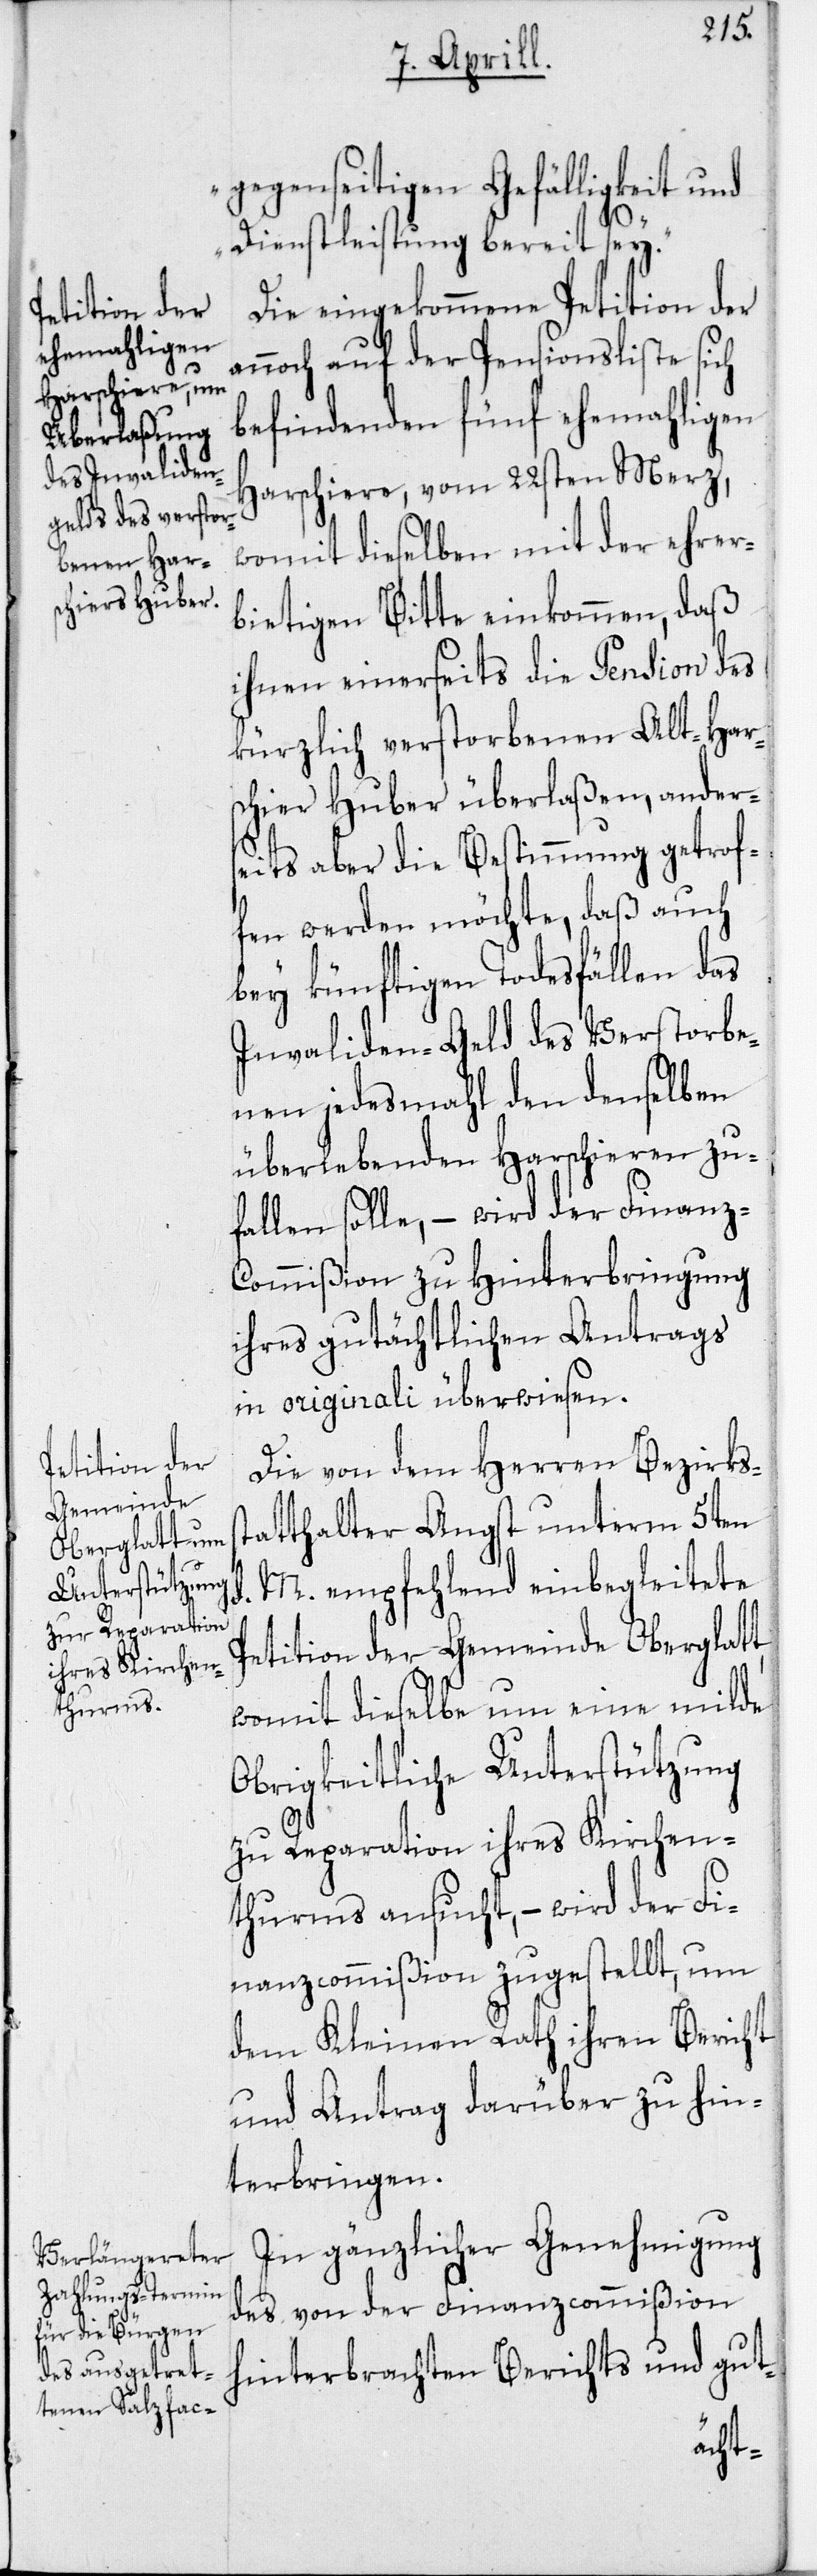
gegenseitigen Gefälligkeit und
st¬
Dienstleistung bereit sey.“
Die eingekommene Petition der
annoch auf der Pensionsliste sich
befindenden fünf ehemahligen
Harschiere vom 22sten Merz,
womit dieselben mit der ehrer¬
bietigen Bitte einkommen, daß
ihnen einerseits die Pension des
kürzlich verstorbenen Alt-Har¬
schier Huber überlaßen, ander¬
seits aber die Bestimmung getrof¬
fen werden möchte, daß auch
bey künftigen Todesfällen das
Invaliden-Geld des Verstorbe¬
nen jedesmahl den denselben
überlebenden Harschieren zu¬
fallen solle, – wird der Finanz-C¬
ommißion zu Hinterbringung
ihres gutächtlichen Antrags
in originali überwiesen.
Die von dem Herren Bezirks¬
atthalter Angst unterm 5ten
d. M. empfehlend einbegleitete
Petition der Gemeinde Oberglatt,
womit dieselbe um eine milde
Obrigkeitliche Unterstützung
zu Reparation ihres Kirchen¬
thurms ansucht, – wird der Fi¬
nanzcommißion zugestellt, um
dem Kleinen Rath ihren Bericht
und Antrag darüber zu hin¬
terbringen.
In gänzlicher Genehmigung
des von der Finanzcommißion
hinterbrachten Berichts und gut-